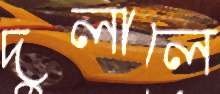
দুলালে